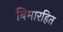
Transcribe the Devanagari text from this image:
बिमारहित